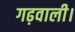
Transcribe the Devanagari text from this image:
गढ़वाली।